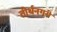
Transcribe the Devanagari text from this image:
तीर्थनगरी